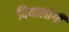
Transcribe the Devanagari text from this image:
दियालोगी